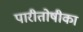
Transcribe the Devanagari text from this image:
पारीतोषीका